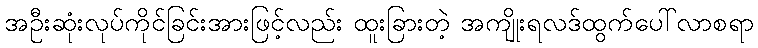
အဦးဆုံးလုပ်ကိုင်ခြင်းအားဖြင့်လည်း ထူးခြားတဲ့ အကျိုးရလဒ်ထွက်ပေါ်လာစရာ